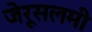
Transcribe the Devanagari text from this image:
जेरूसलमी